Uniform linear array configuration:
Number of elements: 32
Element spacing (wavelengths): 1
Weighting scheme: uniform
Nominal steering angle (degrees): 60
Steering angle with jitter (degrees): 60.251
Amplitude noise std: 0.05
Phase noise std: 0.05

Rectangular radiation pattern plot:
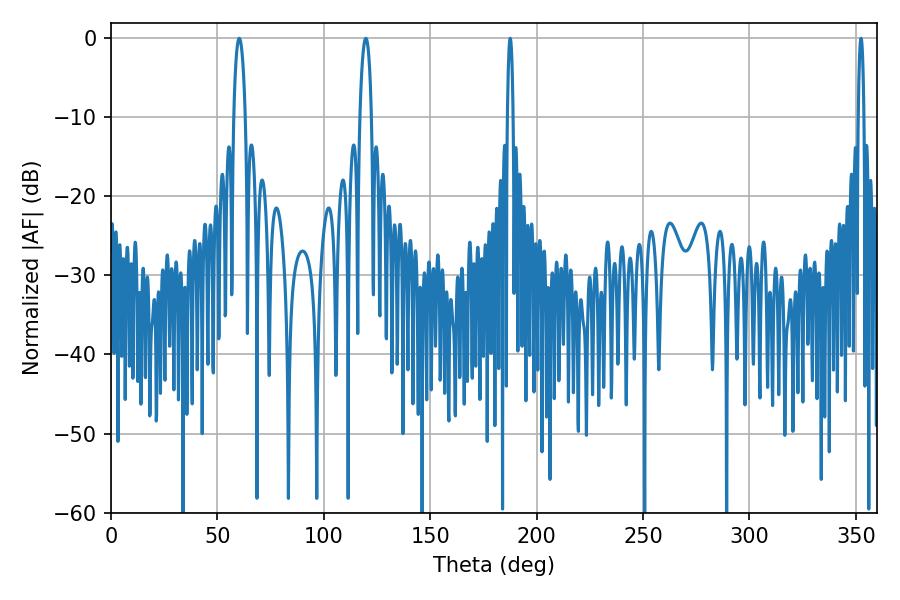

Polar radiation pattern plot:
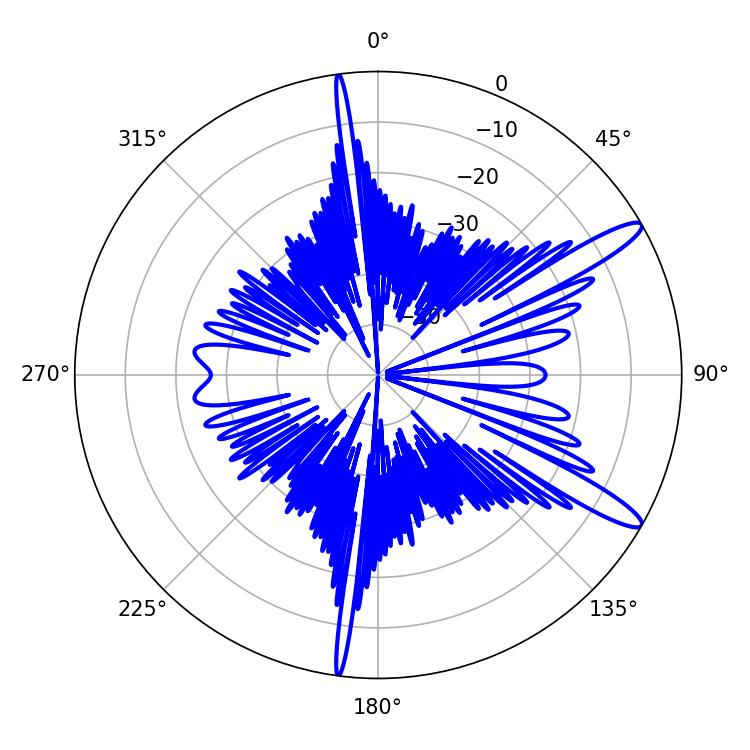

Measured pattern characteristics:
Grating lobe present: TRUE
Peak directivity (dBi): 13.071
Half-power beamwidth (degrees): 1.44
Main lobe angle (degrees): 187.56